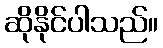
ဆိုနိုင်ပါသည်။